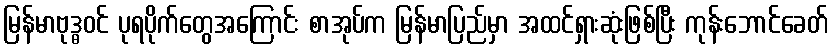
မြန်မာဗုဒ္ဓဝင် ပုရပိုက်တွေအကြောင်း စာအုပ်က မြန်မာပြည်မှာ အထင်ရှားဆုံးဖြစ်ပြီး ကုန်းဘောင်ခေတ်